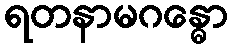
ရတနာမဂန္ဓော